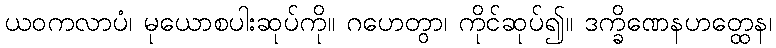
ယဝကလာပံ၊ မုယောစပါးဆုပ်ကို။ ဂဟေတွာ၊ ကိုင်ဆုပ်၍။ ဒက္ခိဏေနဟတ္ထေန၊